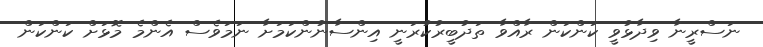
ނަސްރީނާ ވިދާޅުވީ ކަންކަން ރާއްވާ ތަދުބީރުކުރަނީ އިންސާނުންކަމަށާ ނަމަވެސް އެންމެ މޮޅަށް ކަންކަން